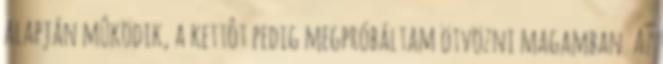
alapján mûködik, a kettôt pedig megpróbáltam ötvözni magamban. Az